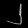
Digit: ၂